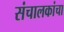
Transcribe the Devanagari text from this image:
संचालकांचा